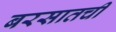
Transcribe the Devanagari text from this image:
बरसातची